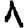
Digit: 1